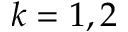
k = 1 , 2